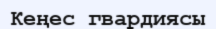
Кеңес гвардиясы